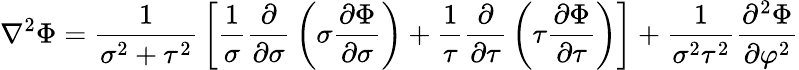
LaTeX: \nabla^{2}\Phi={\frac{1}{\sigma^{2}+\tau^{2}}}\left[{\frac{1}{\sigma}}{\frac{\partial}{\partial\sigma}}\left(\sigma{\frac{\partial\Phi}{\partial\sigma}}\right)+{\frac{1}{\tau}}{\frac{\partial}{\partial\tau}}\left(\tau{\frac{\partial\Phi}{\partial\tau}}\right)\right]+{\frac{1}{\sigma^{2}\tau^{2}}}{\frac{\partial^{2}\Phi}{\partial\varphi^{2}}}